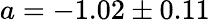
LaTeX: a=-1.02\pm 0.11